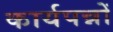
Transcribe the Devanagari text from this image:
कार्यपन्नों